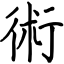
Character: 術